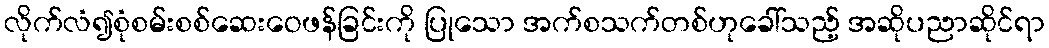
လိုက်လံ၍စုံစမ်းစစ်ဆေးဝေဖန်ခြင်းကို ပြုသော အက်စသက်တစ်ဟုခေါ်သည့် အဆိုပညာဆိုင်ရာ